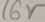
Text: 16V